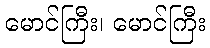
မောင်ကြီး၊ မောင်ကြီး